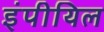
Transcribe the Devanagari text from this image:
इंपीयिल